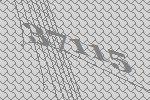
37115